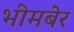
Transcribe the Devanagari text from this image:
भीमबेर